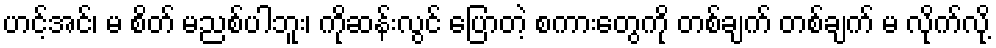
ဟင့်အင်၊ မ စိတ် မညစ်ပါဘူး၊ ကိုဆန်းလွင် ပြောတဲ့ စကားတွေကို တစ်ချက် တစ်ချက် မ လိုက်လို့